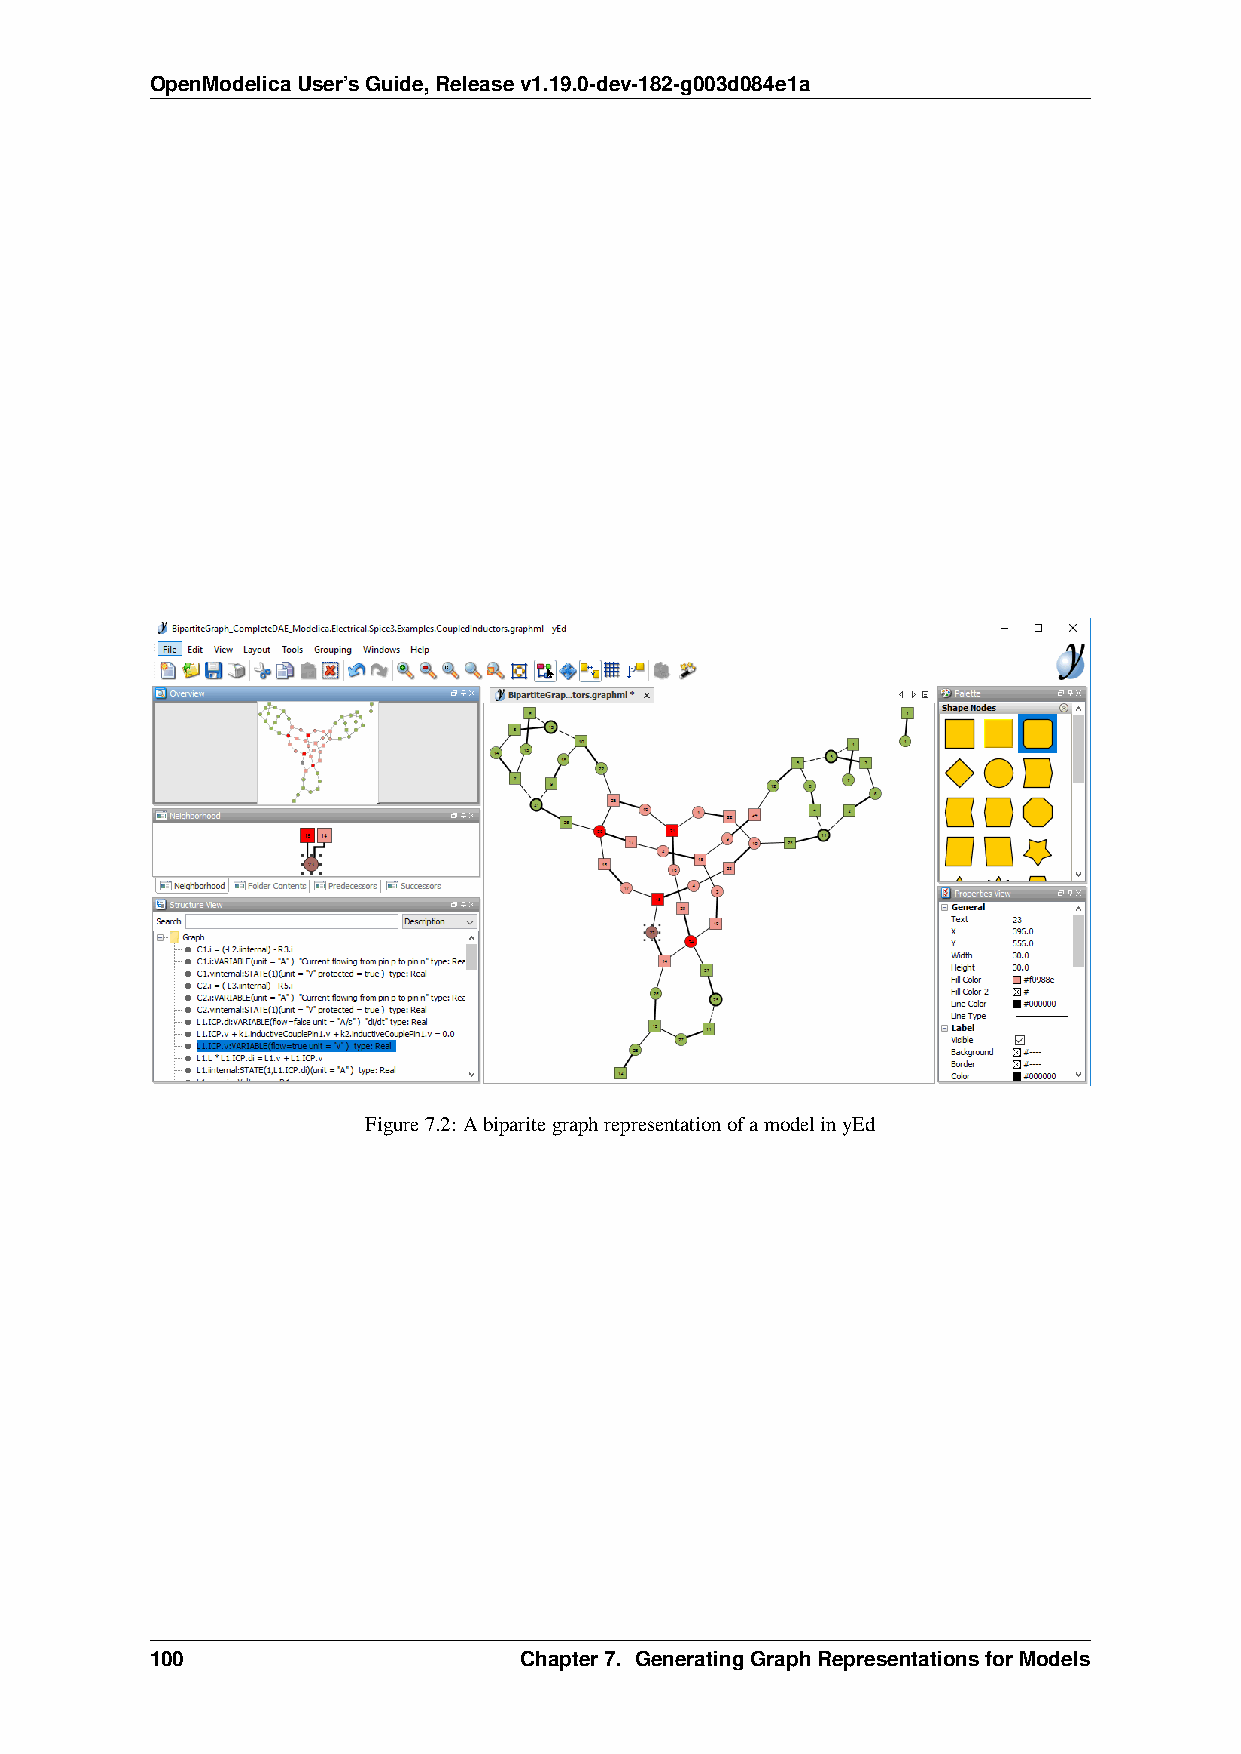
OpenModelicaUser’sGuide,Releasev1.19.0-dev-182-g003d084e1a
 Figure7.2: AbiparitegraphrepresentationofamodelinyEd
 100                     Chapter7. GeneratingGraphRepresentationsforModels